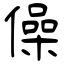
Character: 僺